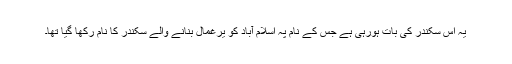
یہ اس سکندر کی بات ہورہی ہے جس کے نام پہ اسلام آباد کو یرغمال بنانے والے سکندر کا نام رکھا گیا تھا۔